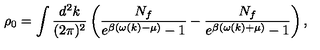
\rho _ { 0 } = \int \frac { d ^ { 2 } k } { ( 2 \pi ) ^ { 2 } } \left( \frac { N _ { f } } { e ^ { \beta ( \omega ( k ) - \mu ) } - 1 } - \frac { N _ { f } } { e ^ { \beta ( \omega ( k ) + \mu ) } - 1 } \right) ,